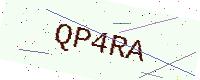
Text: QP4RA